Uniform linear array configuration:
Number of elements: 12
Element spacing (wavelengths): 0.5
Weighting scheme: binomial
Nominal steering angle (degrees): -15
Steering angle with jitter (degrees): -15.328
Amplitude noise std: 0.05
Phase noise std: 0.05

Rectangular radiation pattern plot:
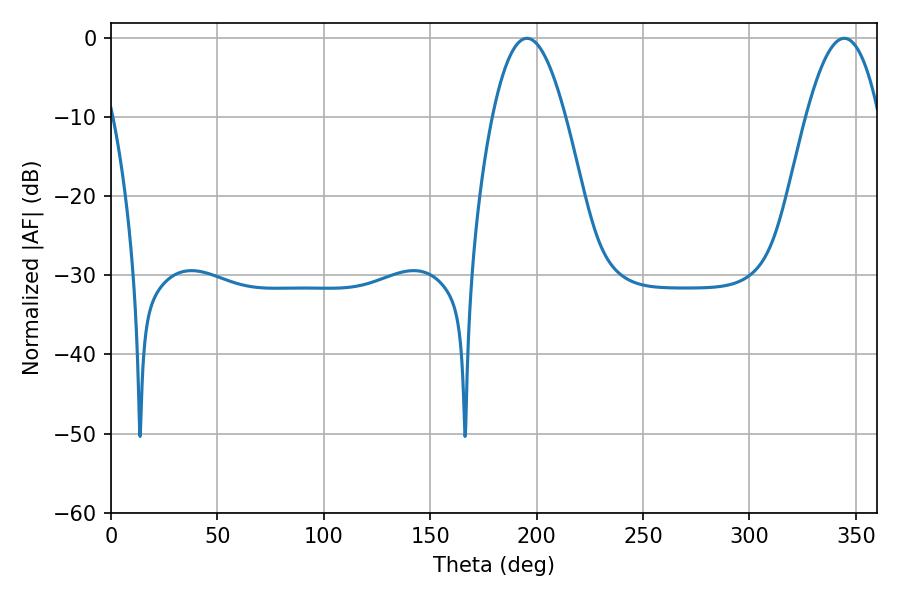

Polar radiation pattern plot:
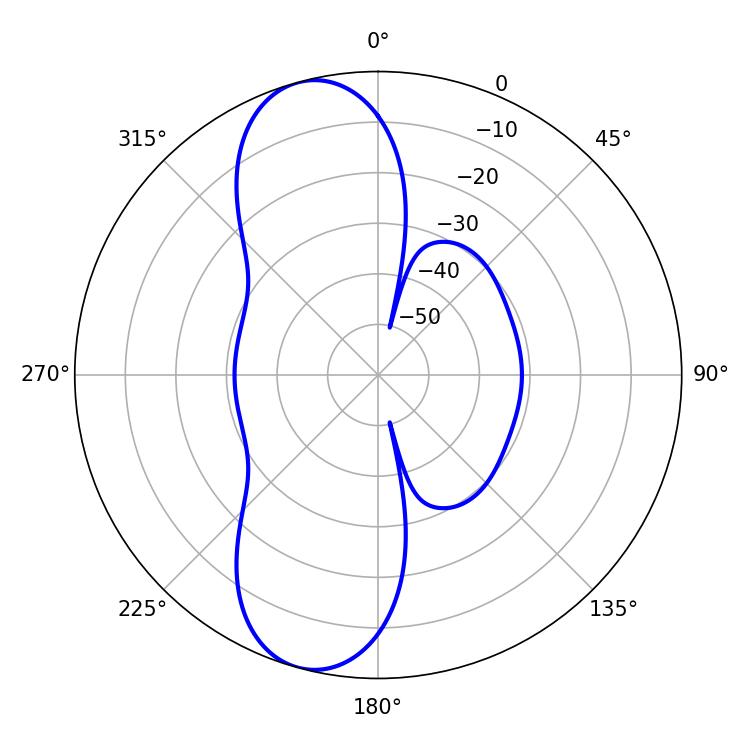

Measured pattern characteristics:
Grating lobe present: FALSE
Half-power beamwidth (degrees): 18.72
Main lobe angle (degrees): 195.48